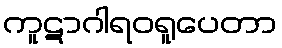
ကူဋာဂါရဝရူပေတာ